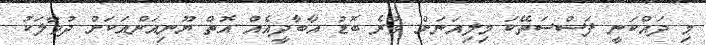
މި ދައްކަނީ ފަސްސަތޭކަ މިލިއަނަށް ވުރެ ބޮޑު އާބާދީއެއް އޮތް ޔޫނިއަންއަކަށް ދުވާލަކު